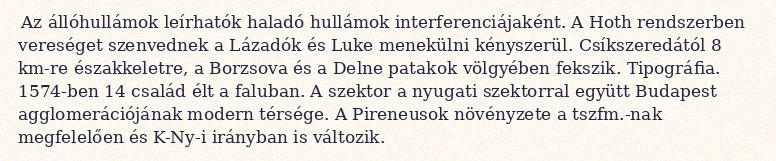
Az állóhullámok leírhatók haladó hullámok interferenciájaként. A Hoth rendszerben vereséget szenvednek a Lázadók és Luke menekülni kényszerül. Csíkszeredától 8 km-re északkeletre, a Borzsova és a Delne patakok völgyében fekszik. Tipográfia. 1574-ben 14 család élt a faluban. A szektor a nyugati szektorral együtt Budapest agglomerációjának modern térsége. A Pireneusok növényzete a tszfm.-nak megfelelően és K-Ny-i irányban is változik.